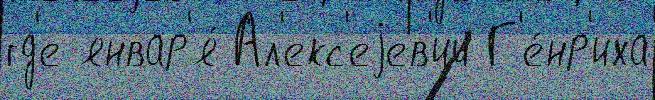
гд'е январ'я́ Ал'екс'еjев'ич Г'е́нр'иха